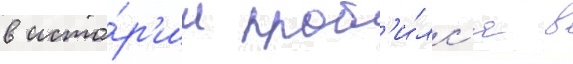
в исто́р'ии проб'и́лс'я в